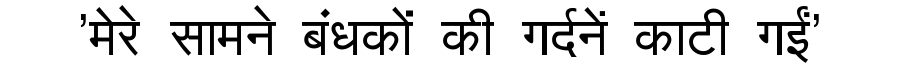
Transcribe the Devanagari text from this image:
'मेरे सामने बंधकों की गर्दनें काटी गईं'